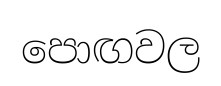
පොඟවල